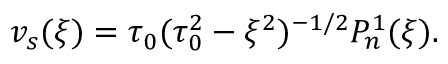
v _ { s } ( \xi ) = \tau _ { 0 } ( \tau _ { 0 } ^ { 2 } - \xi ^ { 2 } ) ^ { - 1 / 2 } P _ { n } ^ { 1 } ( \xi ) .